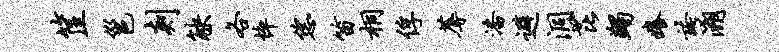
筐邕剡觖各悴恁笛桐俘蓐潘避洞芘蠲痒夸溯